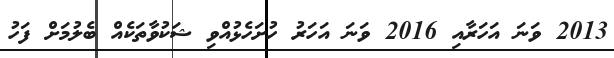
2013 ވަނަ އަހަރާއި 2016 ވަނަ އަހަރު ހުށަހެޅުއްވި ޝަކުވާތަކެއް ބެލުމަށް ފަހު